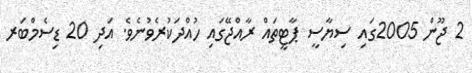
2 ޖޫން 2005ގައި ސިޔާސީ ޕާޓީތައް ރާއްޖޭގައި ހުއްދަކުރެވުނެވެ. އަދި 20 ޑިސެމްބަރ